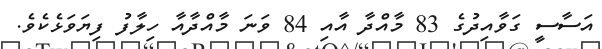
އަސާސީ ގަވާއިދުގެ 83 މާއްދާ އާއި 84 ވަނަ މާއްދާއާ ހިލާފު ފިޔަވަޅެކެވެ.